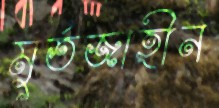
মুর্তজাহীন